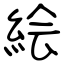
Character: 絵